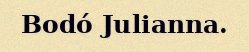
Bodó Julianna.